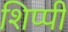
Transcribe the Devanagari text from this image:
शिप्पी